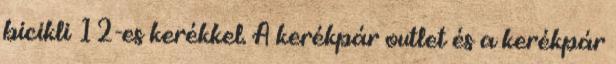
bicikli 12-es kerékkel. A kerékpár outlet és a kerékpár